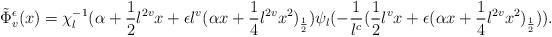
LaTeX: \begin{align*}\tilde{\Phi}_v^{\epsilon}(x)= \chi_l^{-1}(\alpha+\frac{1}{2}l^{2v}x+\epsilon l^v(\alpha x+\frac{1}{4}l^{2v}x^2)_{\frac{1}{2}})\psi_l(-\frac{1}{l^c}(\frac{1}{2}l^vx+\epsilon(\alpha x+\frac{1}{4}l^{2v}x^2)_{\frac{1}{2}})).\end{align*}